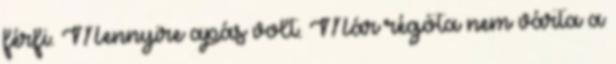
férfi. Mennyire apás volt. Már régóta nem várta a